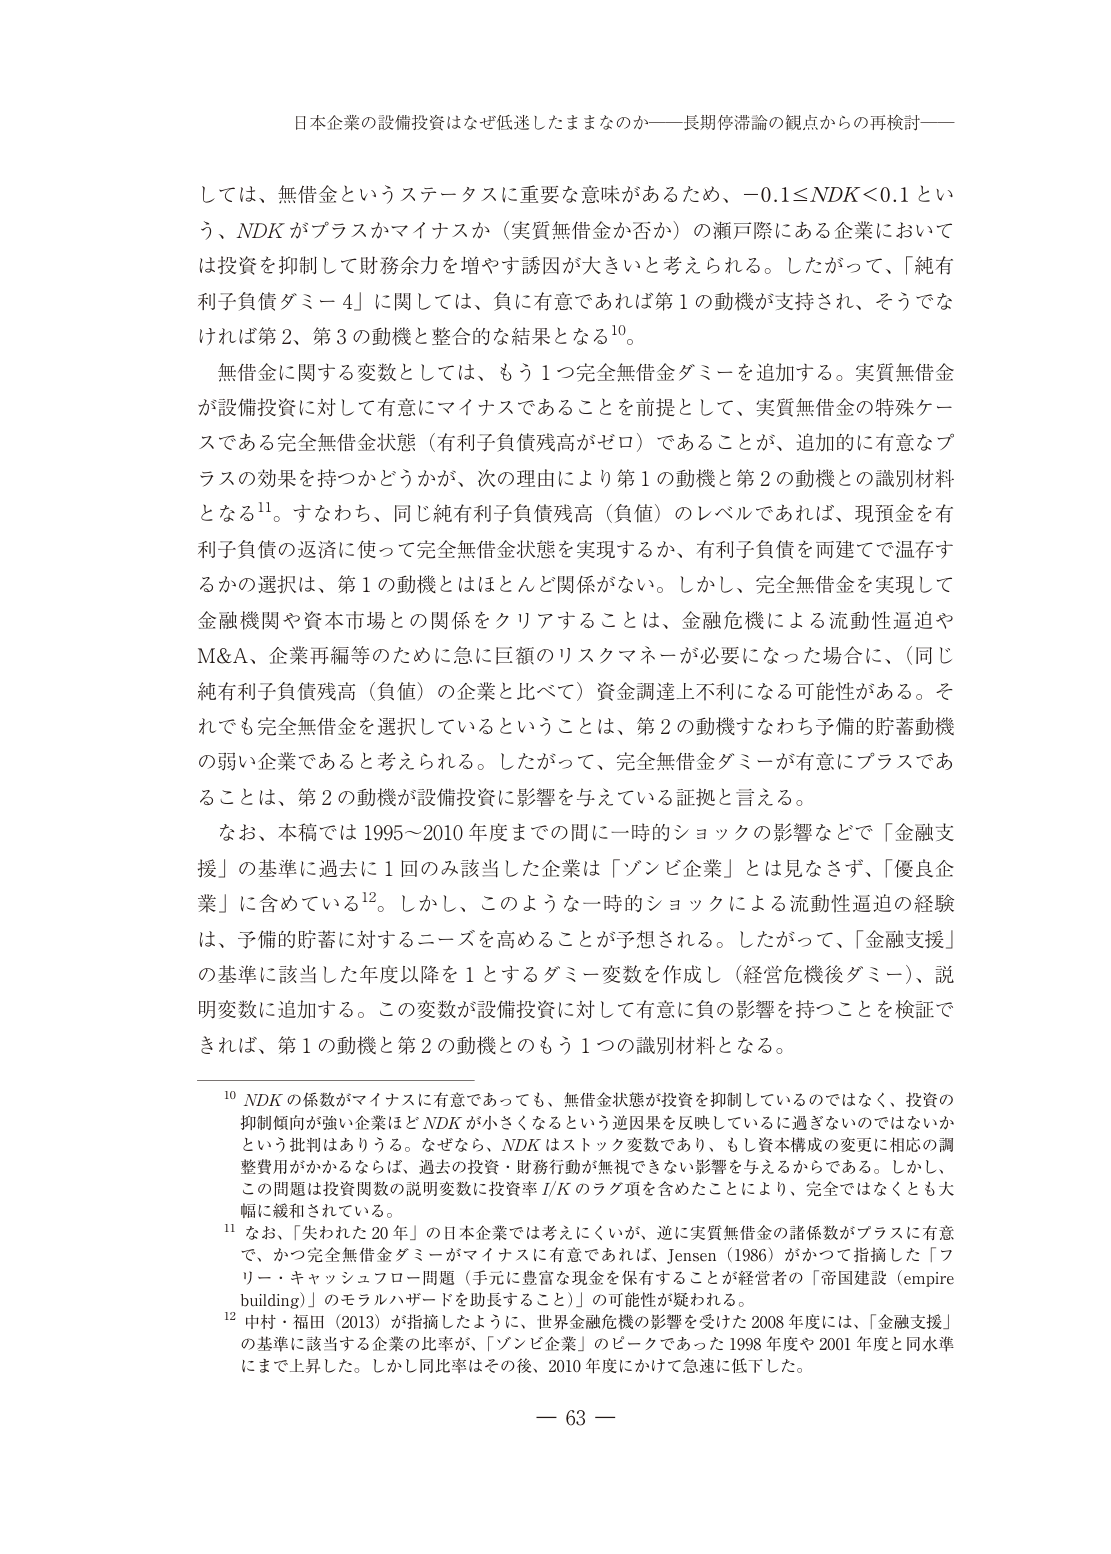
日本企業の設備投資はなぜ低迷したままなのか――長期停滞論の観点からの再検討――

しては、無借金というステータスに重要な意味があるため、−0.1≤NDK<0.1という、NDKがプラスかマイナスか（実質無借金か否か）の瀬戸際にある企業においては投資を抑制して財務余力を増やす誘因が大きいと考えられる。したがって、「純有利子負債ダミー4」に関しては、負に有意であれば第1の動機が支持され、そうでなければ第2、第3の動機と整合的な結果となる10。

無借金に関する変数としては、もう1つ完全無借金ダミーを追加する。実質無借金が設備投資に対して有意にマイナスであることを前提として、実質無借金の特殊ケースである完全無借金状態（有利子負債残高がゼロ）であることが、追加的に有意なプラスの効果を持つかどうかが、次の理由により第1の動機と第2の動機との識別材料となる11。すなわち、同じ純有利子負債残高（負債）のレベルであれば、現預金を有利子負債の返済に使って完全無借金状態を実現するか、有利子負債を両建てで温存するかの選択は、第1の動機とはほとんど関係がない。しかし、完全無借金を実現して金融機関や資本市場との関係をクリアすることは、金融危機による流動性逼迫やM&A、企業再編等のために急に巨額のリスクマネーが必要になった場合に、（同じ純有利子負債残高（負債）の企業と比べて）資金調達上不利になる可能性がある。それでも完全無借金を選択しているということは、第2の動機すなわち予備的貯蓄動機の弱い企業であると考えられる。したがって、完全無借金ダミーが有意にプラスであることは、第2の動機が設備投資に影響を与えている証拠と言える。

なお、本稿では1995～2010年度までの間に一時的ショックの影響などで「金融支援」の基準に過去に1回のみ該当した企業は「ゾンビ企業」とは見なさず、「優良企業」に含めている12。しかし、このような一時的ショックによる流動性逼迫の経験は、予備的貯蓄に対するニーズを高めることが予想される。したがって、「金融支援」の基準に該当した年度以降を1とするダミー変数を作成し（経営危機後ダミー）、説明変数に追加する。この変数が設備投資に対して有意に負の影響を持つことを検証できれば、第1の動機と第2の動機とのもう1つの識別材料となる。

10 NDKの係数がマイナスに有意であっても、無借金状態が投資を抑制しているのではなく、投資の抑制傾向が強い企業ほどNDKが小さくなるという逆因果を反映しているに過ぎないのではないかという批判はありうる。なぜなら、NDKはストック変数であり、もし資本構成の変更に相応の調整費用がかかからなければ、過去の投資・財務行動が無視できない影響を与えているからである。しかし、この問題は投資関数の説明変数に投資率I/Kのラグ項を含めたことにより、完全ではなくとも大幅に緩和されている。

11 なお、「失われた20年」の日本企業では考えにくいが、逆に実質無借金の諸係数がプラスに有意で、かつ完全無借金ダミーがマイナスに有意であれば、Jensen（1986）がかつて指摘した「フリー・キャッシュフロー問題（手元に豊富な現金を保有することが経営者の「帝国建設（empire building）」のモラルハザードを助長すること）」の可能性が疑われる。

12 中村・福田（2013）が指摘したように、世界金融危機の影響を受けた2008年度には、「金融支援」の基準に該当する企業の比率が、「ゾンビ企業」のピークであった1998年度や2001年度と同水準にまで上昇した。しかし同比率はその後、2010年度にかけて急速に低下した。

－ 63 －